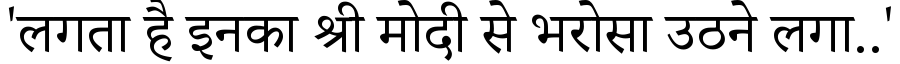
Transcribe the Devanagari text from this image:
'लगता है इनका श्री मोदी से भरोसा उठने लगा..'